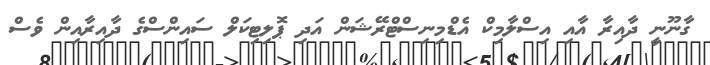
ގާނޫނީ ދާއިރާ އާއި އިސްލާމިކް އެޑްމިނިސްޓްރޭޝަން އަދި ޕޮލިޓިކަލް ސައިންސްގެ ދާއިރާއިން ވެސް